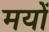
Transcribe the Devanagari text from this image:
मयों